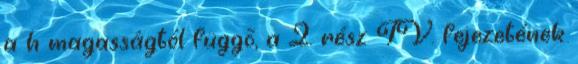
a h magasságtól függõ, a 2. rész IV. fejezetének